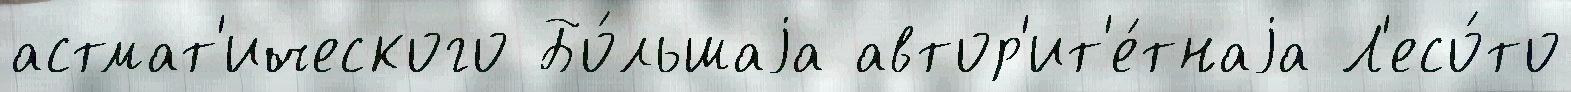
астмат'ического Бо́льшаjа автор'ит'е́тнаjа Л'есо́то